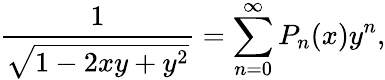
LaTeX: {\frac{1}{\sqrt{1-2xy+y^{2}}}}=\sum_{n=0}^{\infty}P_{n}(x)y^{n},